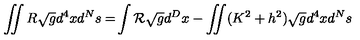
\int \! \! \! \! \int R \sqrt { g } d ^ { 4 } x d ^ { N } s = \! \int { \cal R } \sqrt { g } d ^ { D } x - \int \! \! \! \! \int ( K ^ { 2 } + h ^ { 2 } ) \sqrt { g } d ^ { 4 } x d ^ { N } s